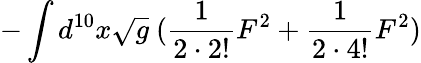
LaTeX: -\int d^{10}x\sqrt{g}~(\frac{1}{2\cdot 2!}F^{2}+\frac{1}{2\cdot 4!}F^{2})